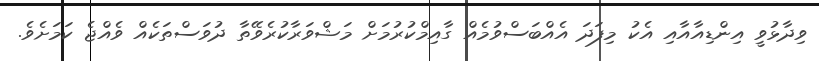
ވިދާޅުވީ އިންޑިއާއާއި އެކު މިފަދަ އެއްބަސްވުމެއް ގާއިމްކުރުމަށް މަޝްވަރާކުރެވޭތާ ދުވަސްތަކެއް ވެއްޖެ ކަމަށެވެ.